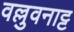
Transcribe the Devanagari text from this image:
वल्लुवनाट्ट